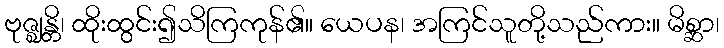
ဗုဇ္ဈန္တိ၊ ထိုးထွင်း၍သိကြကုန်၏။ ယေပန၊ အကြင်သူတို့သည်ကား။ မိစ္ဆာ၊